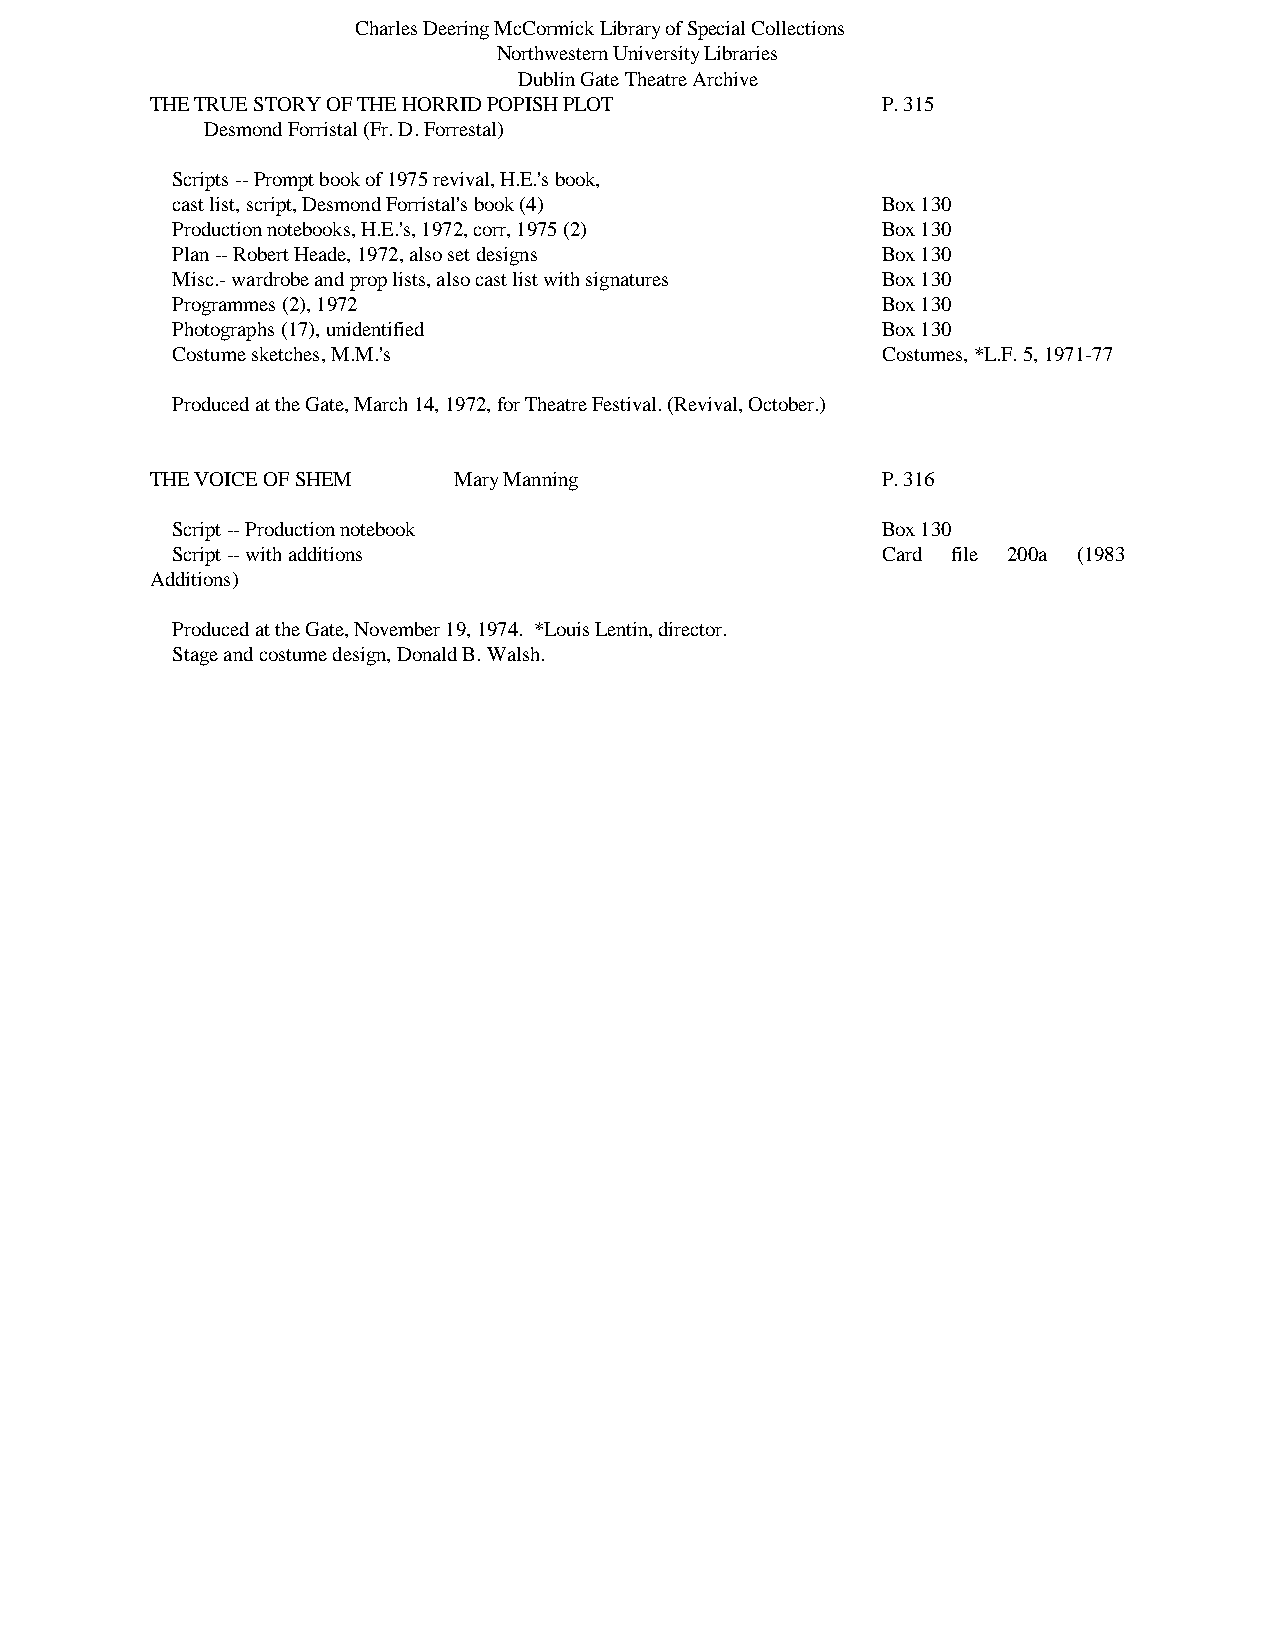
Charles Deering McCormick Library of Special Collections
 Northwestern University Libraries
 Dublin Gate Theatre Archive
 THE TRUE STORY OF THE HORRID POPISH PLOT        P. 315
 Desmond Forristal (Fr. D. Forrestal)
 Scripts -- Prompt book of 1975 revival, H.E.'s book,
 cast list, script, Desmond Forristal's book (4) Box 130
 Production notebooks, H.E.'s, 1972, corr, 1975 (2) Box 130
 Plan -- Robert Heade, 1972, also set designs   Box 130
 Misc.- wardrobe and prop lists, also cast list with signatures Box 130
 Programmes (2), 1972                           Box 130
 Photographs (17), unidentified                 Box 130
 Costume sketches, M.M.'s                       Costumes, *L.F. 5, 1971-77
 Produced at the Gate, March 14, 1972, for Theatre Festival. (Revival, October.)
 THE VOICE OF SHEM   Mary Manning                P. 316
 Script -- Production notebook                  Box 130
 Script -- with additions                       Card file 200a (1983
 Additions)
 Produced at the Gate, November 19, 1974. *Louis Lentin, director.
 Stage and costume design, Donald B. Walsh.